Indian journal of veterinary science and animal husbandry - Volumes 26-27, 1956-1957
Year: 1956
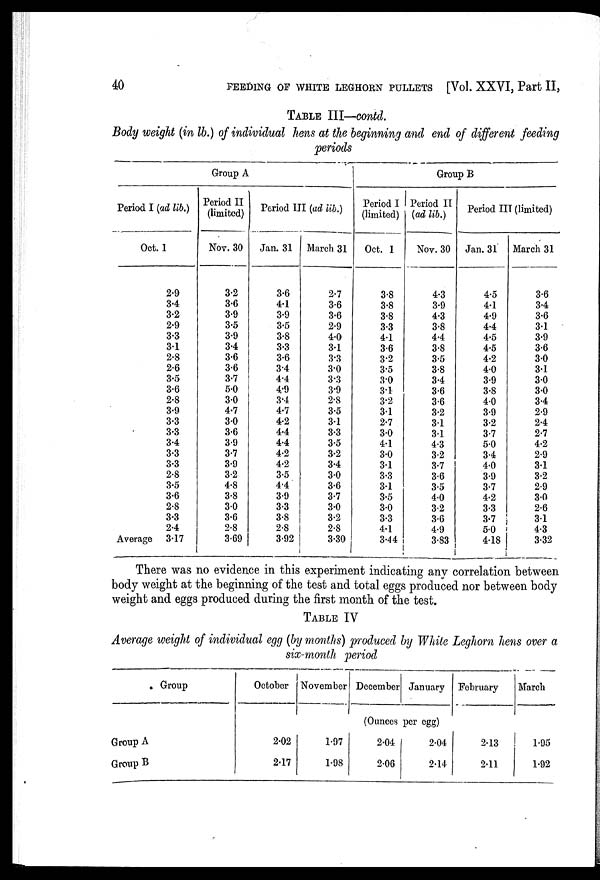
40
FEEDING OF WHITE LEGHORN PULLETS [Vol. XXVI, Part II,
TABLE III—contd.
Body weight (in lb.) of individual hens at the beginning and end of different feeding
periods
Period I (ad lib.)
Oct. 1
2.9
3.4
3.2
2.9
3.3
3.1
2.8
2.6
3.5
3.6
2.8
3.9
3.3
3.3
3.4
3.3
3.3
2.8
3.5
3.6
2.8
3.3
2.4
Average
3.17
Group A
Period II
(limited)
Nov. 30
3.2
3.6
3.9
3.5
3.9
3.4
3.6
3.6
3.7
5.0
3.0
4.7
3.0
3.6
3.9
3.7
3.9
3.2
4.8
3.8
3.0
3.6
2.8
3.69
Period III (ad lib.)
Jan. 31
3.6
4.1
3.9
3.5
3.8
3.3
3.6
3.4
4.4
4.9
3.4
4.7
4.2
4.4
4.4
4.2
4.2
3.5
4.4
3.9
3.3
3.8
2.8
3.92
March 31
2.7
3.6
3.6
2.9
4.0
3.1
3.3
3.0
3.3
3.9
2.8
3.5
3.1
3.3
3.5
3.2
3.4
3.0
3.6
3.7
3.0
3.2
2.8
3.30
Group B
Period I
(limited)
Oct. 1
3.8
3.8
3.8
3.3
4.1
3.6
3.2
3.5
3.0
3.1
3.2
3.1
2.7
3.0
4.1
3.0
3.1
3.3
3.1
3.5
3.0
3.3
4.1
3.44
Period II
(ad lib.)
Nov. 30
4.3
3.9
4.3
3.8
4.4
3.8
3.5
3.8
3.4
3.6
3.6
3.2
3.1
3.1
4.3
3.2
3.7
3.6
3.5
4.0
3.2
3.6
4.9
3.83
Period III (limited)
Jan. 31
4.5
4.1
4.9
4.4
4.5
4.5
4.2
4.0
3.9
3.8
4.0
3.9
3.2
3.7
5.0
3.4
4.0
3.9
3.7
4.2
3.3
3.7
5.0
4.18
March 31
3.6
3.4
3.6
3.1
3.9
3.6
3.0
3.1
3.0
3.0
3.4
2.9
2.4
2.7
4.2
2.9
3.1
3.2
2.9
3.0
2.6
3.1
4.3
3.32
There was no evidence in this experiment indicating any correlation between
body weight at the beginning of the test and total eggs produced nor between body
weight and eggs produced during the first month of the test.
TABLE IV
Average weight of individual egg (by months) produced by White Leghorn hens over a
six-month period
Group
Group A
Group
October
2.02
2.17
November
1.97
1.98
December January
(Ounces per egg)
2.04
2.06
2.04
2.14
February
2.13
2.11
March
1.95
1.92